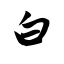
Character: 白